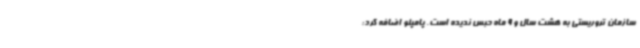
سازمان تروریستی به هشت سال و 9 ماه حبس ندیده است. پامپئو اضافه کرد: